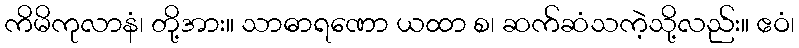
ကိမိကုလာနံ၊ တို့အား။ သာဓာရဏော ယထာ စ၊ ဆက်ဆံသကဲ့သို့လည်း။ ဧဝံ၊